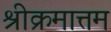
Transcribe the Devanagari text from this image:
श्रीक्रमात्तम